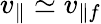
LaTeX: v_{\parallel}\simeq v_{\parallel f}